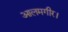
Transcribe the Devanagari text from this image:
आलमगीर।